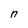
Character: n